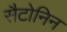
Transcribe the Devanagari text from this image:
सैटोनिन